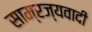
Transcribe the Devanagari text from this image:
साम्रज्यवादी